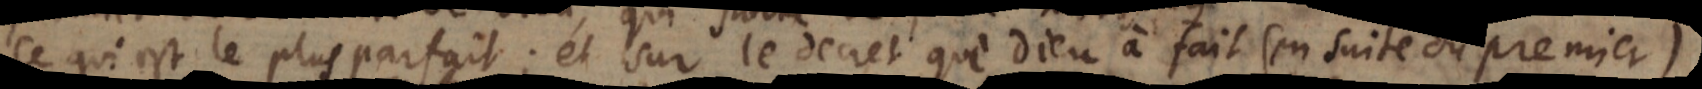
ce qui est le plus parfait; et sur le decret de faire mais librement